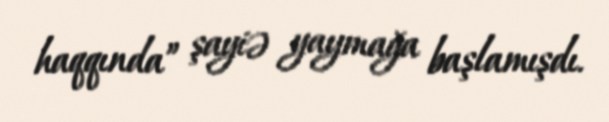
haqqında” şayiə yaymağa başlamışdı.